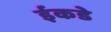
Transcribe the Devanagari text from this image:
ईकडे